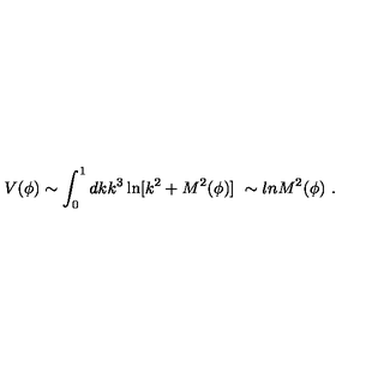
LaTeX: V ( \phi ) \sim \int _ { 0 } ^ { 1 } d k k ^ { 3 } \ln [ k ^ { 2 } + M ^ { 2 } ( \phi ) ] \ \sim l n M ^ { 2 } ( \phi ) \ .